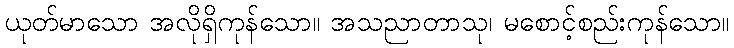
ယုတ်မာသော အလိုရှိကုန်သော။ အသညာတာသု၊ မစောင့်စည်းကုန်သော။